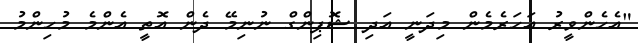
"އެހެންވީރު އަހަރެމެން މިދަނީ އަދި ޝޮޕިންގް ނުނިމޭ ދެން އޮތީ އެންމެ މުހިންމު